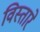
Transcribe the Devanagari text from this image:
विस्तारे